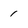
Character: 1